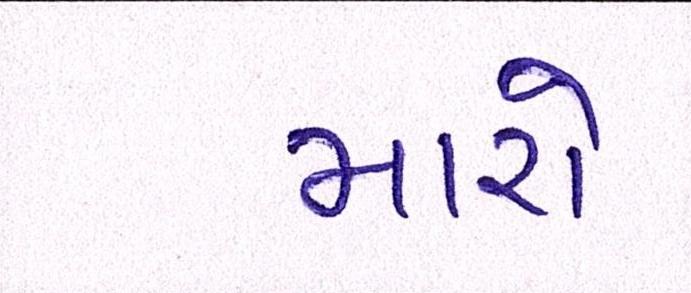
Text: મારો